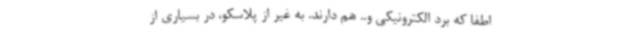
اطفا که برد الکترونیکی و.. هم دارند. به غیر از پلاسکو، در بسیاری از